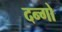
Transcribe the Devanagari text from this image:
दन्गो